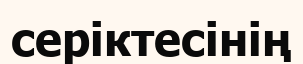
серіктесінің